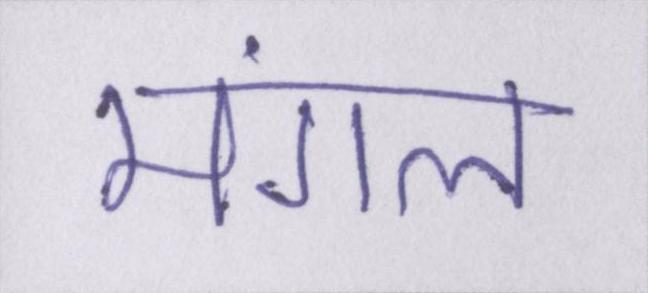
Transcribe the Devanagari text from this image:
मंगल